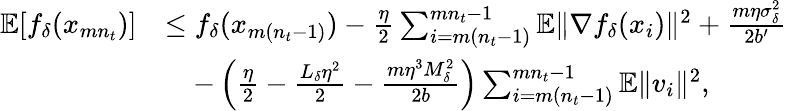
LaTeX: \begin{array}{rl}{\mathbb{E}[f_{\delta}(x_{mn_{t}})]}&{\le f_{\delta}(x_{m(n_{t}-1)})-\frac{\eta}{2}\sum_{i=m(n_{t}-1)}^{mn_{t}-1}{\mathbb{E}}\Vert\nabla f_{\delta}(x_{i})\Vert^{2}+\frac{m\eta\sigma_{\delta}^{2}}{2b^{\prime}}}\\ &{\quad-\left(\frac{\eta}{2}-\frac{L_{\delta}\eta^{2}}{2}-\frac{m\eta^{3}M_{\delta}^{2}}{2b}\right)\sum_{i=m(n_{t}-1)}^{mn_{t}-1}{\mathbb{E}}\Vert v_{i}\Vert^{2},}\end{array}